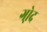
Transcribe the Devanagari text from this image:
गो़द